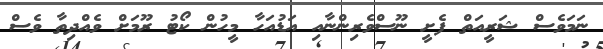
ނަމަވެސް ޝަރީއަތް ފެށީ ނޫސްވެރިންނާއި އަޑުއަހާ މީހުން ކޯޓު ރޫމަށް ވެއްދިތާ ވެސް